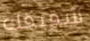
شقيقك